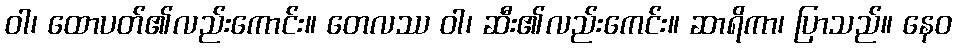
ဝါ၊ ထောပတ်၏လည်းကောင်း။ တေလဿ ဝါ၊ ဆီး၏လည်းကေင်း။ ဆာရိကာ၊ ပြာသည်။ နေဝ